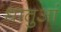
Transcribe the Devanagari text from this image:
धातुआं